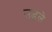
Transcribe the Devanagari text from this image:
उडले